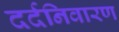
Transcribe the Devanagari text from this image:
दर्दनिवारण